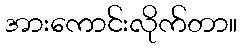
အားကောင်းလိုက်တာ။